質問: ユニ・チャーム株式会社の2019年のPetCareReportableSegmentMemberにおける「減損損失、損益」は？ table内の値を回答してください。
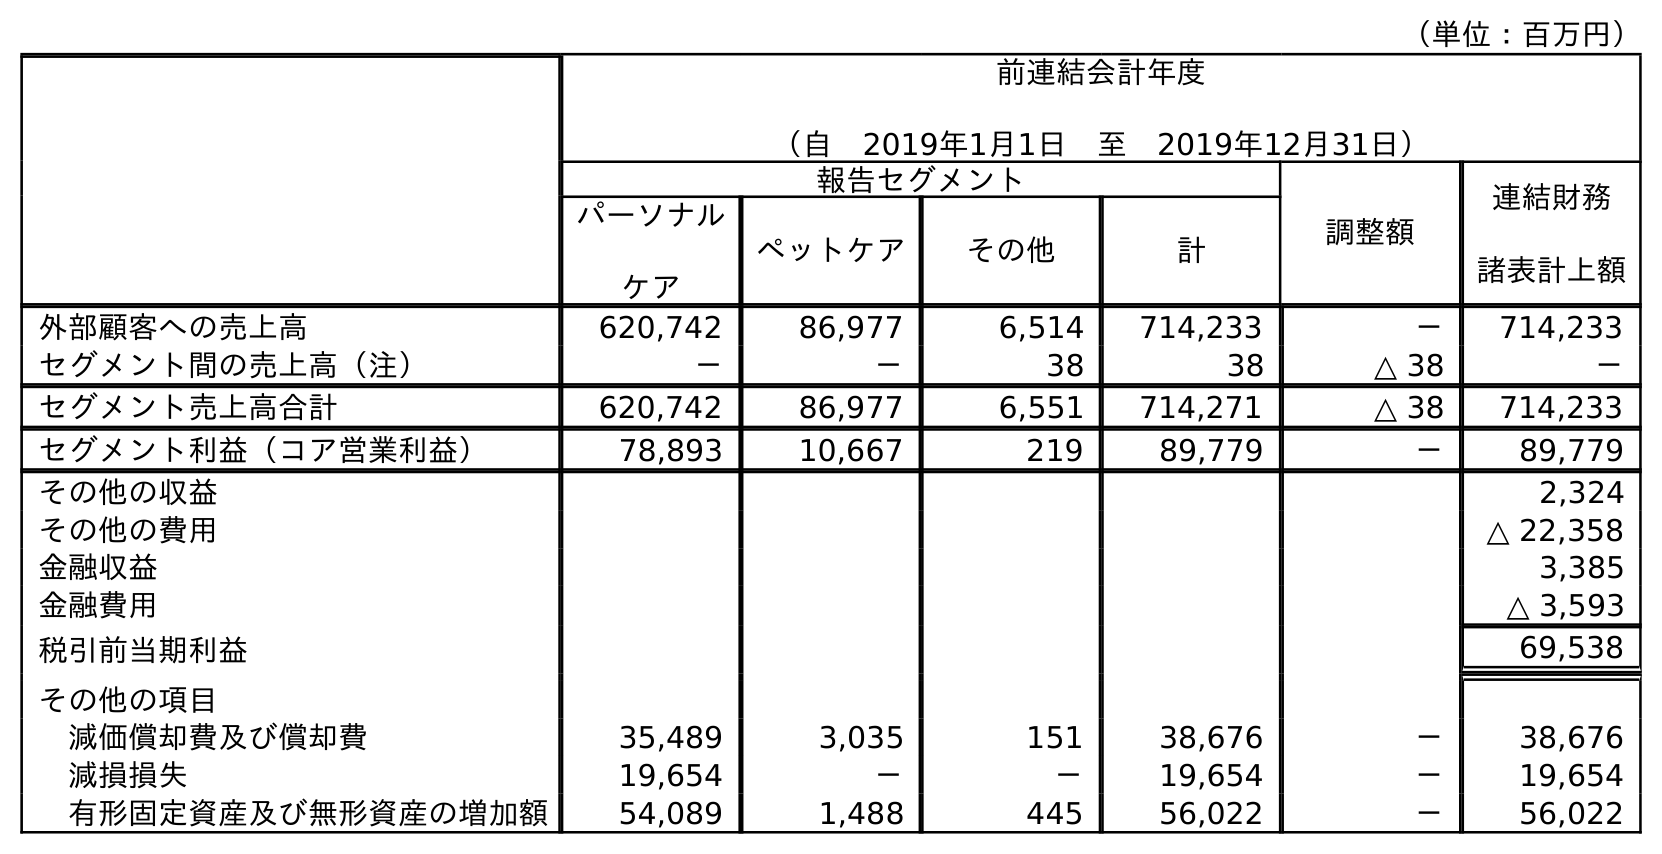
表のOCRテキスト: （単位：百万円） 前連結会計年度 （自 2019年1月1日 至 2019年12月31日） 報告セグメント 調整額 連結財務 諸表計上額 パーソナル ケア ペットケア その他 計 外部顧客への売上高 620,742 86,977 6,514 714,233 － 714,233 セグメント間の売上高（注） － － 38 38 △ 38 － セグメント売上高合計 620,742 86,977 6,551 714,271 △ 38 714,233 セグメント利益（コア営業利益） 78,893 10,667 219 89,779 － 89,779 その他の収益 2,324 その他の費用 △ 22,358 金融収益 3,385 金融費用 △ 3,593 税引前当期利益 69,538 その他の項目 減価償却費及び償却費 35,489 3,035 151 38,676 － 38,676 減損損失 19,654 － － 19,654 － 19,654 有形固定資産及び無形資産の増加額 54,089 1,488 445 56,022 － 56,022
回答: －